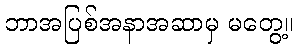
ဘာအပြစ်အနာအဆာမှ မတွေ့။